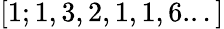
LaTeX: [1;1,3,2,1,1,6...]